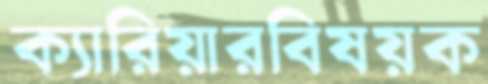
ক্যারিয়ারবিষয়ক